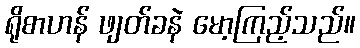
ရိုစာဟန် ဖျတ်ခနဲ မော့ကြည့်သည်။